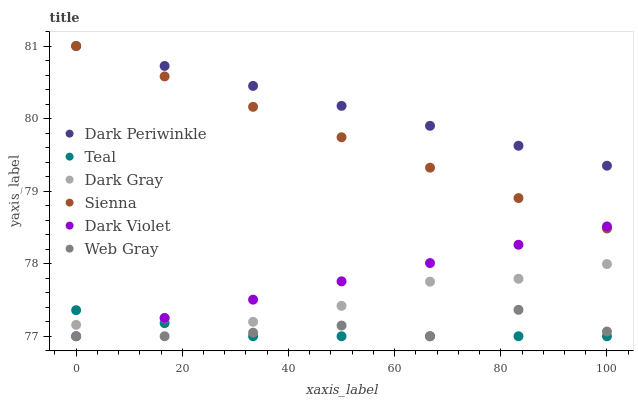
| xaxis_label | Dark Periwinkle | Teal | Dark Gray | Sienna | Dark Violet | Web Gray |
 | --- | --- | --- | --- | --- | --- | --- |
 | 0 | 81 | 77.4 | 77.2 | 81 | 77 | 77 |
 | 16.7 | 80.7 | 77.2 | 77.2 | 80.6 | 77.3 | 77 |
 | 33.3 | 80.5 | 77 | 77.2 | 80.2 | 77.5 | 77 |
 | 50 | 80.2 | 77 | 77.4 | 79.7 | 77.8 | 77.1 |
 | 66.7 | 79.9 | 77 | 77.8 | 79.3 | 78 | 77 |
 | 83.3 | 79.6 | 77 | 77.8 | 78.9 | 78.3 | 77.4 |
 | 100 | 79.4 | 77 | 78 | 78.5 | 78.5 | 77.1 |